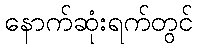
နောက်ဆုံးရက်တွင်